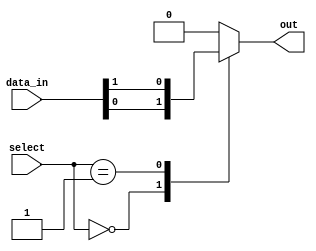
module mux_64to1 (
    input [63:0] data_in,
    input [5:0] select,
    output reg out
);

always @*
begin
    case(select)
        6'd0: out = data_in[0];
        6'd1: out = data_in[1];
        //continue for all 64 input data lines
        default: out = 0; //default case if select signal is out of range
    endcase
end

endmodule